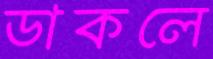
ডাকলে